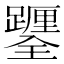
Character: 𨇎